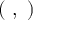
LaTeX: \displaystyle ( \ , \ )